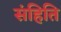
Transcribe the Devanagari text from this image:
संहिति